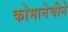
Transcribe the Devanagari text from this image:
कोमानेचीने